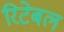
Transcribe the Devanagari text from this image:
रिटेबल